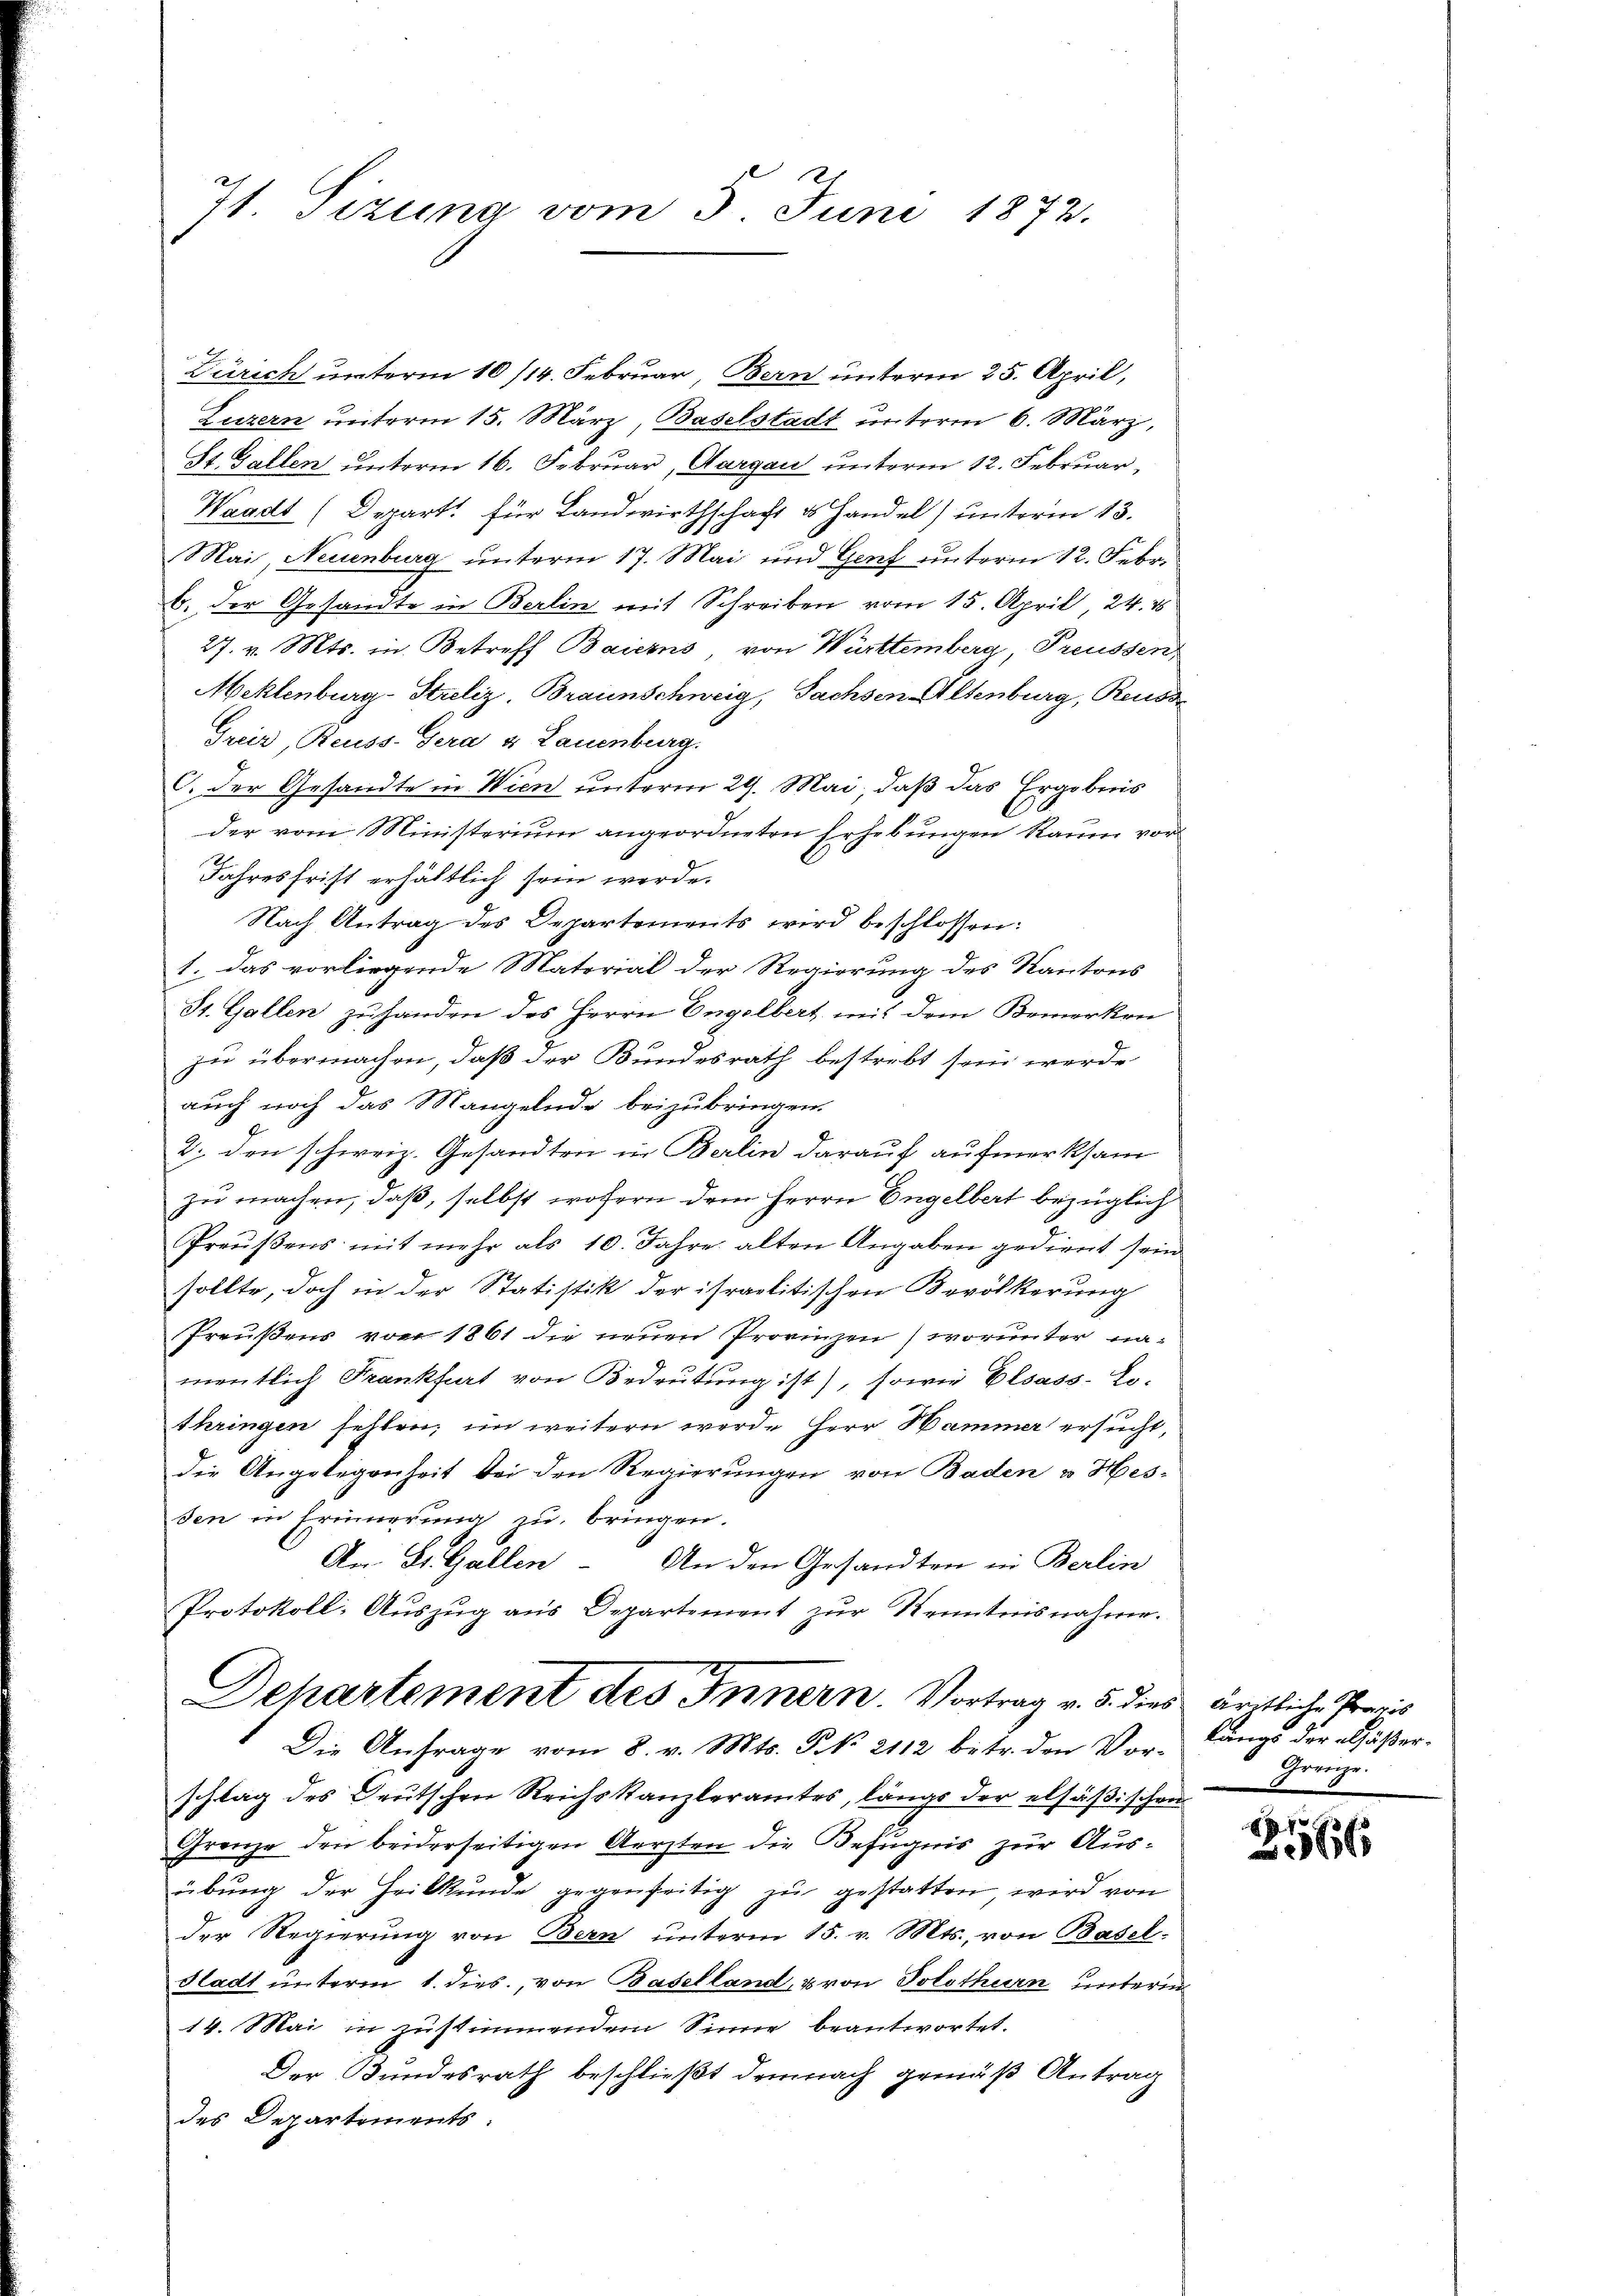
71. Sizung vom 5. Juni 1872.

Zürich unterm 10/14. Februar, Bern unterm 25. April,
Luzern unterm 15. März, Baselstadt unterm 6. März,
St. Gallen unterm 16. Februar, Aargau unterm 12. Februar,
Waadt (Depart für Landwirthschaft ds Handel) unterm 13.
Mai, Neuenburg unterm 17. Mai und Genf unterm 12. Febr.
b. der Gesandte in Berlin mit Schreiben vom 15. April, 24. 8
27. v. Mts. in Betreff Baierns, von Württemberg, Preussen
Meklenburg-Streliz, Braunschweig, Sachsen Altenburg, Reuss
Greis, Reuss-Sera v. Lauenburg.
C. Der Gesandte in Wien unterm 29. Mai, daß das Ergebnis
der vom Ministerium angeordneten Erhebungen Raum vor
Jahresfrist erhältlich sein werde.
Nach Antrag des Departements wird beschlossen:
1. das vorliegende Material der Regierung des Kantons
St. Gallen zu handen des Herrn Engelbert mit dem Bemerken
zu übermachen, daß der Bundesrath bestrebt sein werde
auch noch das Mangelnde beizubringen.
2. den schweiz. Gesandten in Berlin darauf aufmerksam
zu machen, daß, selbst wohern dem Herrn Engelbert bezüglich
Preußens mit mehr als 10. Jahre alten Angaben gedient sein
sollte, doch in der Statistik der israelitischen Bevölkerung
Preußens von 1861 die neuen Provinzen (worunter namentlich Frankfurt von Bedeutung ist), sowie Elsass-Le-
thringen fehlen, im weitern werde Herr Hammer ersucht,
die Angelegenheit bei den Regierungen von Baden u Hesden in Erinnerung zu bringen.
An: St. Gallen.
An den Gesandten in Berlin
Protokoll, Auszug aus Departement zur Kenntnisnahme.
Dehartement des Innern. Vortrag v. 5. dies ärztliche Praxis
Die Anfrage vom 8. v. Mts. NNo. 2112 betr. den Vor-
schlag des Deutschen Reichskanzleramtes, längs der elsäßischen
Grenze den beiderseitigen Aerzten die Befugnis zur Ausübung der Heilkunde gegenseitig zu gestatten, wird von
der Regierung von Bern unterm 15. v. Mts., von Basel-
dladt unterm 1. dies, von Baselland, & von Solothurn unterm
14. Mai in zustimmendem Sinne beantwortet.
Der Bundesrath beschließt demnach gemäß Antrag
des Departements:

längs der außer¬
Gereige.

2